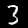
Digit: 3